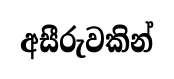
අසීරුවකින්